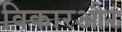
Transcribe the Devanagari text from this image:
विकारऔर